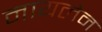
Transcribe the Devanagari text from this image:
नायलेन